Lunatic asylums Madras 1892-1911 - 1892-1911
Year: 1892
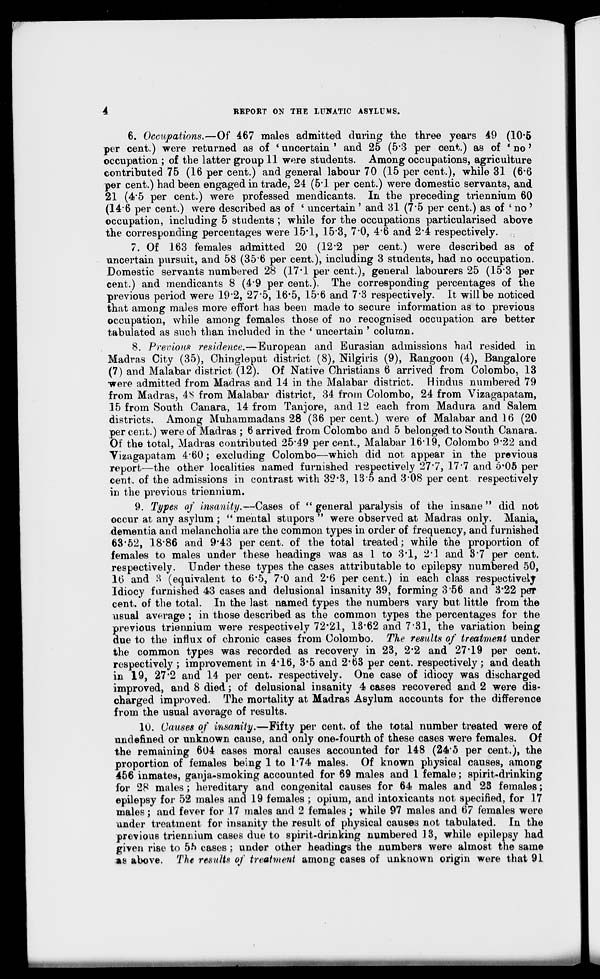
REPORT ON THE LUNATIC ASYLUMS.
6. Occupations.—Of 467 males admitted during the three years 49 (10-5
per cent.) were returned as of ' uncertain ' and 25 (5*3 per cent.) as of ■ no *
occupation ; of the latter group 11 were students. Among occupations, agriculture
contributed 75 (16 per cent.) and general labour 70 (15 per cent.), while 31 (6*6
per cent.) had been engaged in trade, 24 (51 per cent.) were domestic servants, and
21 (4*5 per cent.) were professed mendicants. In the preceding triennium 60
(146 per cent.) were described as of ' uncertain' and 31 (7*5 per cent.) as of * no'
occupation, including 5 students ; while for the occupations particularised above
the corresponding percentages were 15*1, 15'3, 7*0, 4*6 and 24 respectively.
7. Of 163 females admitted 20 (12*2 per cent.) were described as of
uncertain pursuit, and 58 (356 per cent.), including 3 students, had no occupation.
Domestic servants numbered 28 (17*1 per cent.), general labourers 25 (15*3 per
cent.) and mendicants 8 (49 per cent.). The corresponding percentages of the
previous period were 192, 275, 16*5, 15-6 and 7*3 respectively. It will be noticed
that among males more effort has been made to secure information as to previous
occupation, while among females those of no recognised occupation are better
tabulated as such than included in the * uncertain ' column.
8. Previous residence.—European and Eurasian admissions had resided in
Madras City (35), Ohingleput district (8), Nilgiris (9), Rangoon (4), Bangalore
(7) and Malabar district (12). Of Native Christians 6 arrived from Colombo, 13
were admitted from Madras and 14 in the Malabar district. Hindus numbered 79
from Madras, 48 from Malabar district, 34 from Colombo, 24 from Vizagapatam,
15 from South Canara, 14 from Tanjore, and 12 each from Madura and Salem
districts. Among Muhammadans 28 (36 per cent.) were of Malabar and 16 (20
per cent.) were of Madras ; 6 arrived from Colombo and 5 belonged to South Canara.
Of the total, Madras contributed 25*49 per cent., Malabar 1619, Colombo 9*22 and
Yizagapatam 4*60 ; excluding Colombo—which did not appear in the previous
report—the other localities named furnished respectively 277, 17*7 and 6*05 per
cent, of the admissions in contrast with 32*3, 13*5 and 308 per cent respectively
in the previous triennium.
9. Types of insanity.—Cases of " general paralysis of the insane " did not
occur at any asylum ; " mental stupors were observed at Madras only. Mama t
dementia and melancholia are the common types in order of frequency, and furnished
63*52, 18*86 and 9*43 percent, of the total treated; while the proportion of
females to males under these headings was as 1 to 3*1, 2*1 and 3*7 per cent,
respectively. Under these types the cases attributable to epilepsy numbered 50,
1(5 and 3 (equivalent to 6*5, 7*0 and 2*6 per cent.) in each class respectively
Idiocy furnished 43 cases and delusional insanity 39, forming 3*56 and 3*22 per
cent, of the total. In the last named types the numbers vary but little from the
usual average ; in those described as the common types the percentages for the
previous triennium were respectively 72*21, 13*62 and 731, the variation being
due to the influx of chronic cases from Colombo. The results of treatment under
the common types was recorded as recovery in 23, 2*2 and 27*19 per cent,
respectively ; improvement in 4*16, 3*5 and 2*63 per cent, respectively ; and death
in 19, 27*2 and 14 per cent, respectively. One case of idiocy was discharged
improved, and 8 died; of delusional insanity 4 cases recovered and 2 were dis-
charged improved. The mortality at Madras Asylum accounts for the difference
from the usual average of results.
10. Causes of insanity.—Fifty per cent, of the total number treated were of
undefined or unknown cause, and only one-fourth of these cases were females. Of
the remaining 604 cases moral causes accounted for 148 (24*5 per cent.), the
proportion of females being 1 to 1*74 males. Of known physical causes, among
456 inmates, ganja-smoking accounted for 69 males and 1 female; spirit-drinking
for 28 males ; hereditary and congenital causes for 64 males and 23 females;
epilepsy for 52 males and 19 females ; opium, and intoxicants not specified, for 17
males; and fever for 17 males and 2 females ; while 97 males and 67 females were
under treatment for insanity the result of physical causes not tabulated. In the
previous triennium cases due to spirit-drinking numbered 13, while epilepsy had
given rise to 5h cases ; under other headings the numbers were almost the same
as above. The results of treatment among cases of unknown origin were that 91